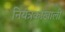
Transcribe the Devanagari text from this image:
नियंत्रकाखाली